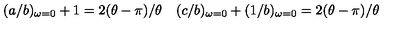
\begin{array} { l l } { ( a / b ) _ { \omega = 0 } + 1 = 2 ( \theta - \pi ) / \theta } & { ( c / b ) _ { \omega = 0 } + ( 1 / b ) _ { \omega = 0 } = 2 ( \theta - \pi ) / \theta } \\ \end{array}